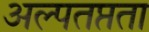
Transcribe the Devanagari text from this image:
अल्पतप्तता